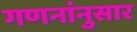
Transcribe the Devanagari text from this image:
गणनांनुसार